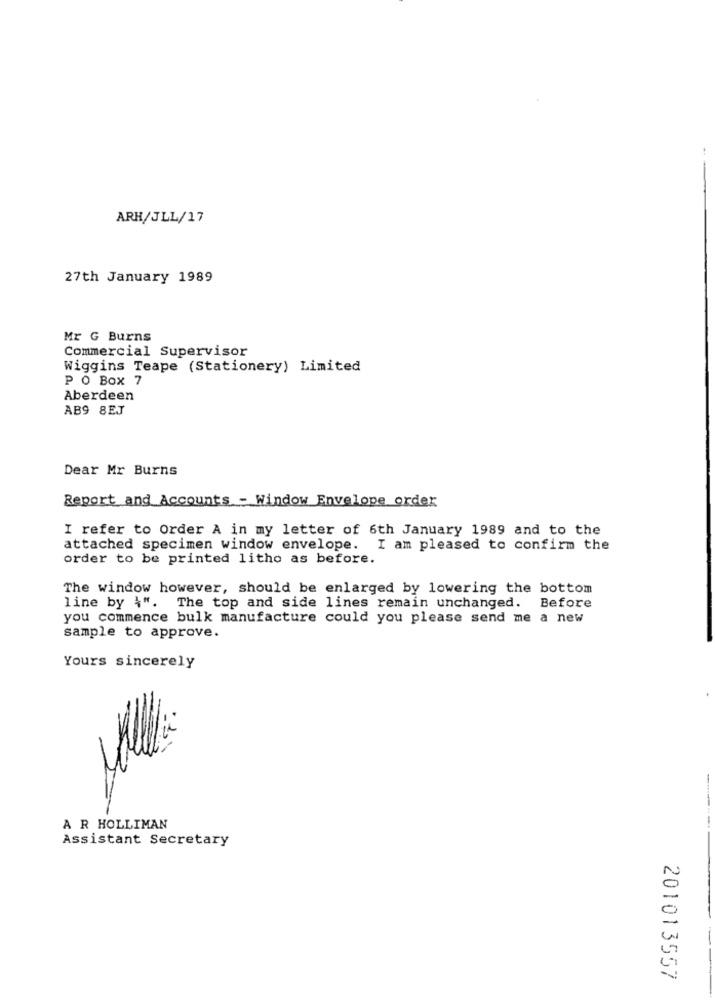
ARH/JLL/17
27th January 1989
Mr G Burns
Commercial Supervisor
Wiggins Teape (Stationery) Limited
P O Box 7
Aberdeen
AB9 8EJ
Dear Mr Burns
Report and Accounts - Window Envelope order
I refer to Order A in my letter of 6th January 1989 and to the
attached specimen window envelope. I am pleased to confirm the
order to be printed litho as before.
The window however, should be enlarged by lowering the bottom
line by {". The top and side lines remain unchanged. Before
you commence bulk manufacture could you please send me a new
sample to approve.
Yours sincerely
------
A R HOLLIMAN
Assistant Secretary
201013557